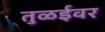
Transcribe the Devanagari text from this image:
तुळईवर